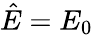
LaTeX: \hat{E}=E_{0}